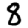
Digit: 8